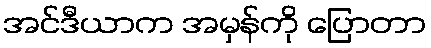
အင်ဒီယာက အမှန်ကို ပြောတာ